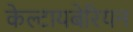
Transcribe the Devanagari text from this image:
केल्टायबेरियन